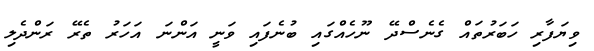
ވިޔަފާރި ހަބަރުތައް ގެނެސްދޭ ނޫހެއްގައި ބުނެފައި ވަނީ އަންނަ އަހަރު ތެރޭ ރަންދެލި